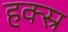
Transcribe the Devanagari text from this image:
हक्स्र